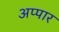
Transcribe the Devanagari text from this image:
अप्पार